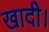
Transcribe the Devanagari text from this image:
खादी।